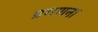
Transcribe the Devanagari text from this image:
प्रगणना